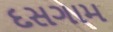
દસગામ